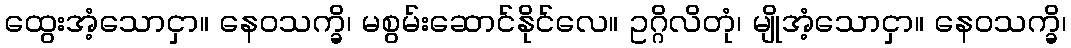
ထွေးအံ့သောငှာ။ နေဝသက္ခိ၊ မစွမ်းဆောင်နိုင်လေ။ ဥဂ္ဂိလိတုံ၊ မျိုအံ့သောငှာ။ နေဝသက္ခိ၊